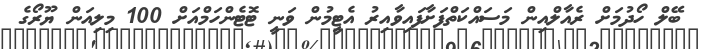
ބޭލް ހޯދުމަށް ރެއާލްއިން މަސައްކަތްފަށާފައިވާއިރު އެޓީމުން ވަނީ ޓޮޓެންހަމްއަށް 100 މިލިއަން ޔޫރޯގެ